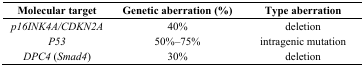
<table><thead><tr><td><b>Molecular target</b></td><td><b>Genetic aberration (%)</b></td><td><b>Type aberration</b></td></tr></thead><tbody><tr><td><i>p16INK4A/CDKN2A</i></td><td>40%</td><td>deletion</td></tr><tr><td><i>P53</i></td><td>50%–75%</td><td>intragenic mutation</td></tr><tr><td><i>DPC4</i> (<i>Smad4</i>)</td><td>30%</td><td>deletion</td></tr></tbody></table>